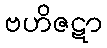
ဗဟိဇဋာ